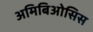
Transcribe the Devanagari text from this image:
अमिबिओसिस